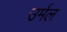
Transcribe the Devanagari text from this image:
उर्मल